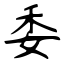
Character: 委